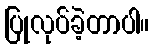
ပြုလုပ်ခဲ့တာပါ။